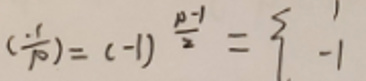
$(\frac{-1}{p})=(-1)^{\frac{p - 1}{2}}=\begin{cases}1\\-1\end{cases}$